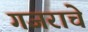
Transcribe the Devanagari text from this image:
गजराचे